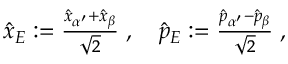
\begin{array} { r } { \hat { x } _ { E } : = \frac { \hat { x } _ { \alpha ^ { \prime } } + \hat { x } _ { \beta } } { \sqrt { 2 } } \; , \quad \hat { p } _ { E } : = \frac { \hat { p } _ { \alpha ^ { \prime } } - \hat { p } _ { \beta } } { \sqrt { 2 } } \; , } \end{array}